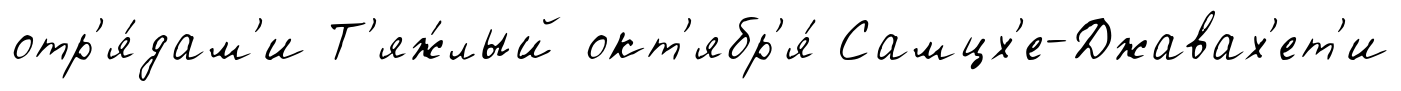
отр'я́дам'и Т'яж́лый окт'ябр'я́ Самцх'е-Джавах'ет'и